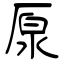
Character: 厡